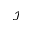
\mathcal { I }